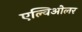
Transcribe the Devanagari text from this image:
एल्विओलर